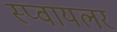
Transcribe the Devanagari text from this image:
स्प्वायलर